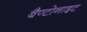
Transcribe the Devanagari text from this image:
बैण्टोनाइट